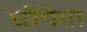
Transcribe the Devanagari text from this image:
घोंपेगा